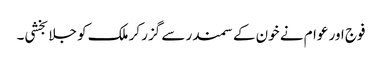
فوج اور عوام نے خون کے سمندر سے گزر کر ملک کو جلا بخشی۔